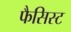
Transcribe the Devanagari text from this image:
फैसिस्ट